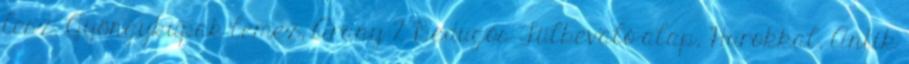
lesz. Gyöngykupak lemez, Arany 2 Bedugós Fülbevaló-alap, Hurokkal, Antik